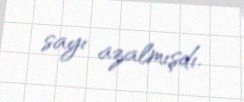
sayı azalmışdı.